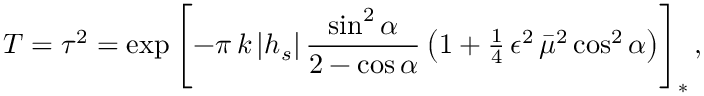
T = \tau ^ { 2 } = \exp \left[ - \pi \, k \left| h _ { s } \right| \frac { \sin ^ { 2 } \alpha } { 2 - \cos \alpha } \left( 1 + { \textstyle \frac { 1 } { 4 } } \, \epsilon ^ { 2 } \, { \bar { \mu } } ^ { 2 } \cos ^ { 2 } \alpha \right) \right] _ { * } ,